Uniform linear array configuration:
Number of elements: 12
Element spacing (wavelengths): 0.75
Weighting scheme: kaiser
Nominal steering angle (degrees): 15
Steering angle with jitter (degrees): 14.452
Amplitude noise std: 0.05
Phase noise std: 0.05

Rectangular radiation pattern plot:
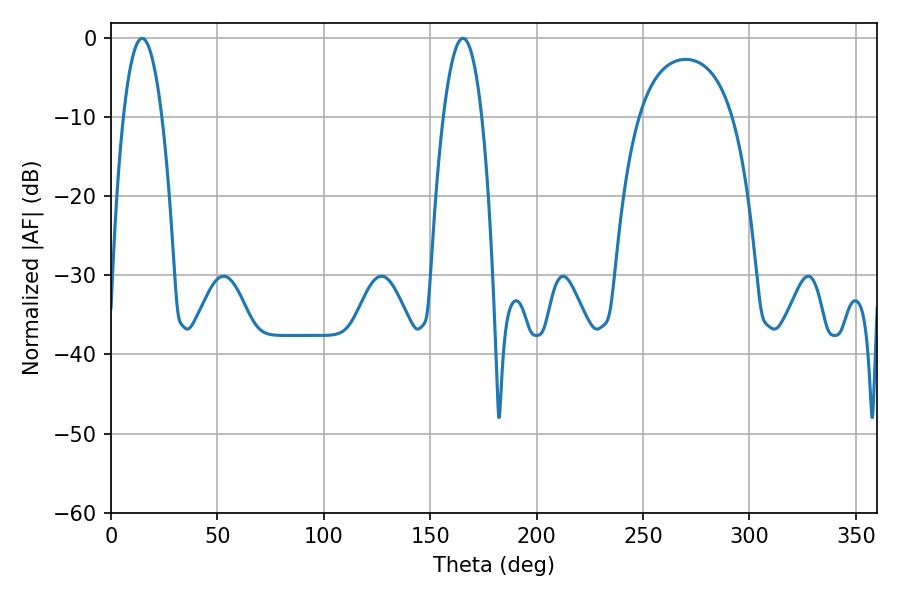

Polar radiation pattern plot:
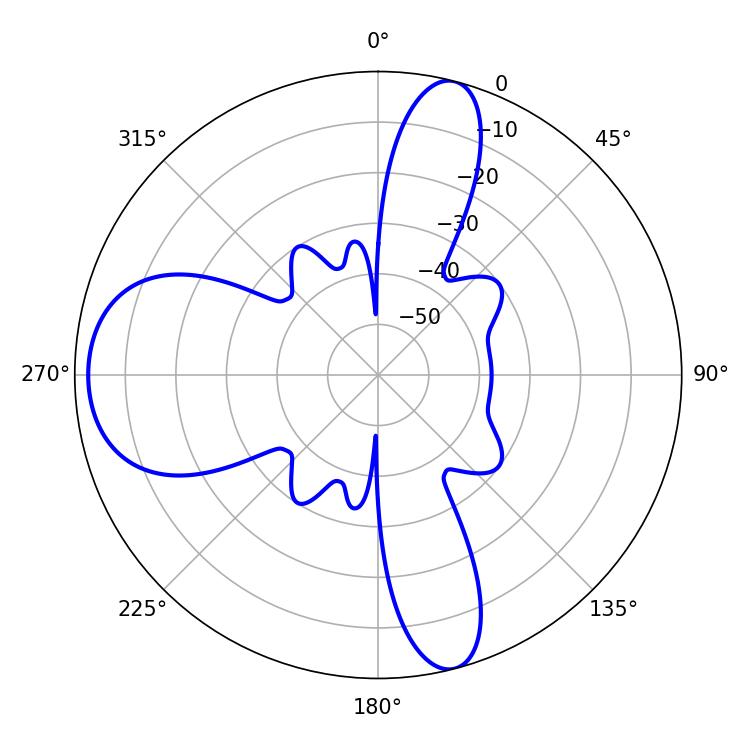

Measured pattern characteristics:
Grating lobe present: TRUE
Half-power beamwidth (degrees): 9.9
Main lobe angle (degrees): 165.42